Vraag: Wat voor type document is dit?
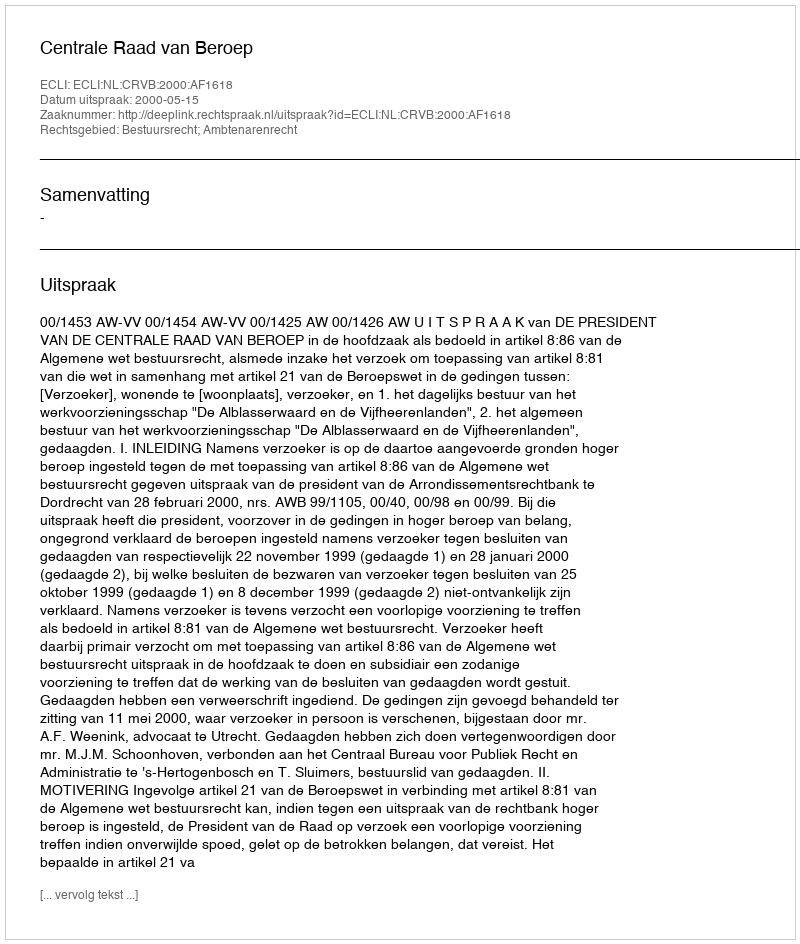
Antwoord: Uitspraak